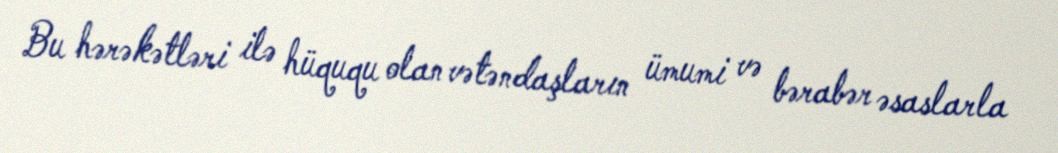
Bu hərəkətləri ilə hüququ olan vətəndaşların ümumi və bərabər əsaslarla